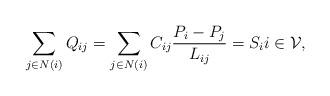
LaTeX: \begin{align*} \sum_{j\in N(i)} Q_{ij} = \sum_{j\in N(i)} C_{ij} \frac{P_i-P_j}{L_{ij}} = S_i i\in \mathcal{V},\end{align*}